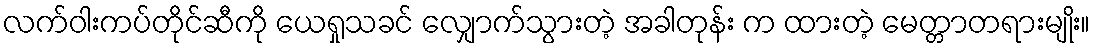
လက်ဝါးကပ်တိုင်ဆီကို ယေရှုသခင် လျှောက်သွားတဲ့ အခါတုန်း က ထားတဲ့ မေတ္တာတရားမျိုး။